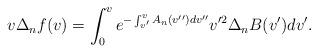
LaTeX: \begin{align*} v\Delta_nf(v)=\int_0^ve^{-\int_{v'}^vA_n(v'')dv''}v'^2\Delta_nB(v')dv'.\end{align*}